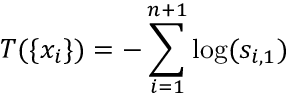
T ( \{ x _ { i } \} ) = - \sum _ { i = 1 } ^ { n + 1 } \log ( s _ { i , 1 } )